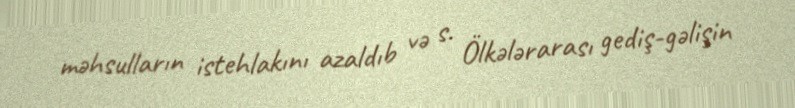
məhsulların istehlakını azaldıb və s. Ölkələrarası gediş-gəlişin